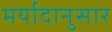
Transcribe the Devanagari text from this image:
मर्यादानुसार